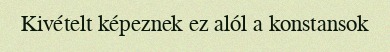
Kivételt képeznek ez alól a konstansok